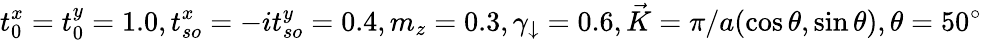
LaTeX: t_{0}^{x}=t_{0}^{y}=1.0,t_{so}^{x}=-it_{so}^{y}=0.4,m_{z}=0.3,\gamma_{\downarrow}=0.6,\vec{K}=\pi/a(\cos\theta,\sin\theta),\theta=50^{\circ}